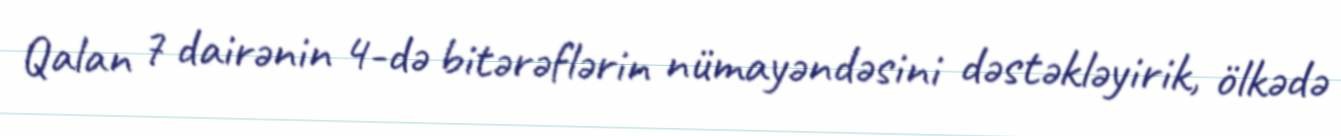
Qalan 7 dairənin 4-də bitərəflərin nümayəndəsini dəstəkləyirik, ölkədə